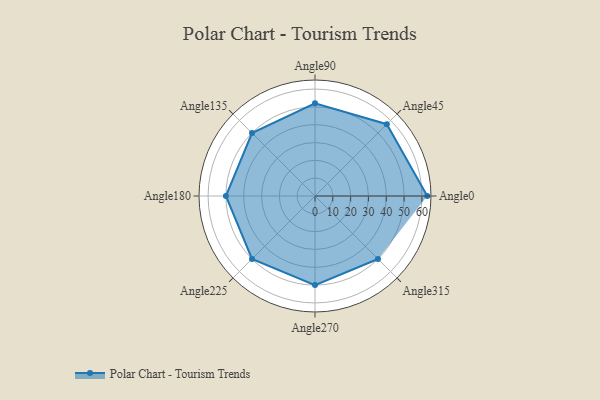
{"axis": {"x": "Angle", "y": "Radius"}, "legend": [""], "data": [{"x": "Angle0", "y": 63.0, "type": ""}, {"x": "Angle45", "y": 57.0, "type": ""}, {"x": "Angle90", "y": 52.0, "type": ""}, {"x": "Angle135", "y": 50, "type": ""}, {"x": "Angle180", "y": 50, "type": ""}, {"x": "Angle225", "y": 50, "type": ""}, {"x": "Angle270", "y": 50, "type": ""}, {"x": "Angle315", "y": 50, "type": ""}]}